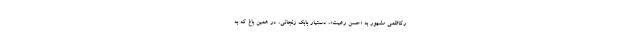
رکاظمی مشهور به «حسن رعیت»، دستیار بابک زنجانی، در همین باغ که به